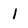
Character: 1